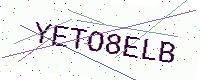
Text: YETO8ELB